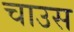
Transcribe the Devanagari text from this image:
चाउस